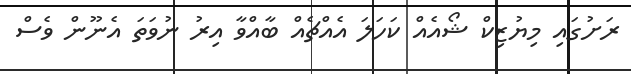
ރަށުގައި މިޔުޒިކް ޝޯއެއް ކަހަލަ އެއްޗެއް ބާއްވާ އިރު ނުވަތަ އެނޫން ވެސް